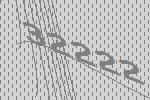
32222